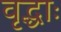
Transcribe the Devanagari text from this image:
वृद्धाः